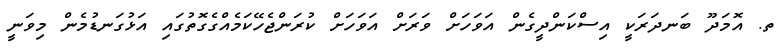
ތ. އޮމަދޫ ބަނދަރަކީ އިސްކަންދީގެން އަވަހަށް ވަރަށް އަވަހަށް ކުރަންޖެހޭކަމެއްގެގޮތުގައި އަޅުގަނޑުމެން މިވަނީ